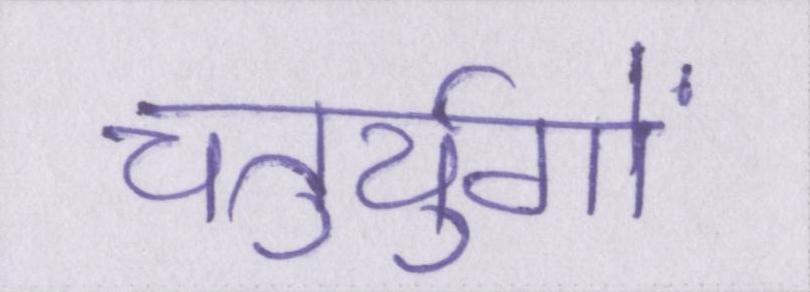
चतुर्युगों